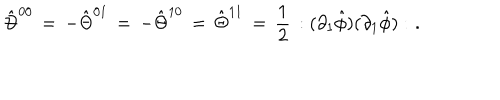
\hat { \Theta } ^ { 0 0 } \, = \, - \hat { \Theta } ^ { 0 1 } \, = \, - \hat { \Theta } ^ { 1 0 } \, = \, \hat { \Theta } ^ { 1 1 } \, = \, \frac { 1 } { 2 } \, : ( \partial _ { 1 } \hat { \phi } ) ( \partial _ { 1 } \hat { \phi } ) : \, \, .